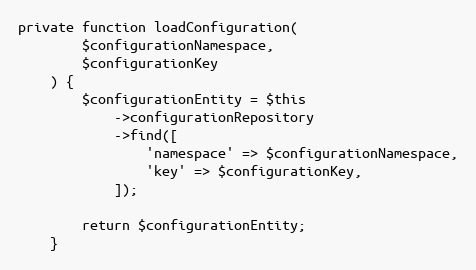
Language: PHP
private function loadConfiguration(
        $configurationNamespace,
        $configurationKey
    ) {
        $configurationEntity = $this
            ->configurationRepository
            ->find([
                'namespace' => $configurationNamespace,
                'key' => $configurationKey,
            ]);

        return $configurationEntity;
    }